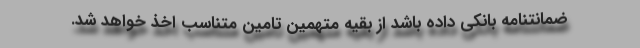
ضمانتنامه بانکی داده باشد از بقیه متهمین تامین متناسب اخذ خواهد شد.